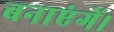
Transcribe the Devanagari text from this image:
बनाएंगें।